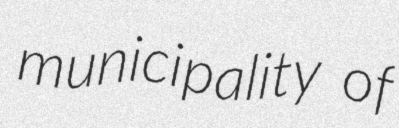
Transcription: municipality of